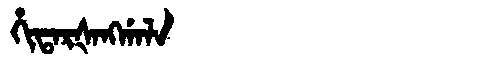
Manchu: ᡥᡳᡨᠠᡵᡧᠠᠩᡤᠠᠯᠠ
Romanization: HITARŠANGGALA